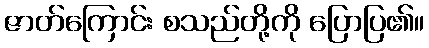
ဇာတ်ကြောင်း စသည်တို့ကို ပြောပြ၏။